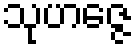
သုဟဇ္ဇေ